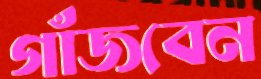
গাঁজবেন